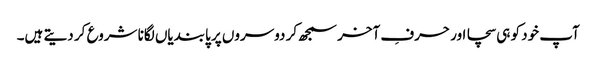
آپ خود کو ہی سچا اور حرفِ آخر سمجھ کر دوسروں پر پابندیاں لگانا شروع کر دیتے ہیں۔